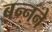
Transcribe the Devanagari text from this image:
बन्नने